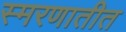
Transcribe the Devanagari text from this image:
स्मरणातीत